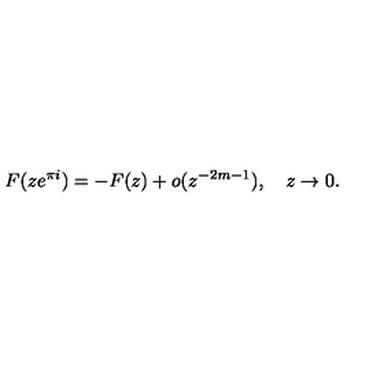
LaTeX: F ( z e ^ { \pi i } ) = - F ( z ) + o ( z ^ { - 2 m - 1 } ) , \quad z \to 0 .